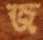
জ